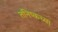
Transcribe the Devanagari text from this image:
तनिष्कच्या